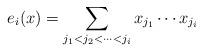
LaTeX: \begin{align*}e_i(x) = \sum_{j_1 < j_2< \cdots < j_i} x_{j_{1}} \cdots x_{j_{i}}\end{align*}